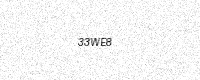
Text: 33WE8